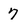
Character: 7